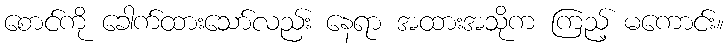
စောင်ကို ခေါက်ထားသော်လည်း နေရာ အထားအသိုက ကြည့် မကောင်း။